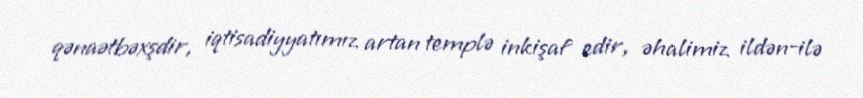
qənaətbəxşdir, iqtisadiyyatımız artan templə inkişaf edir, əhalimiz ildən-ilə